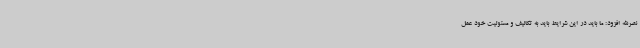
نصرالله افزود: ما باید در این شرایط باید به تکالیف و مسئولیت خود عمل